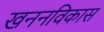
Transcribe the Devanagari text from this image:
खननविकास